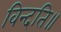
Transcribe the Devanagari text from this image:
विन्दति॥